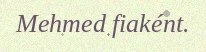
Mehmed fiaként.